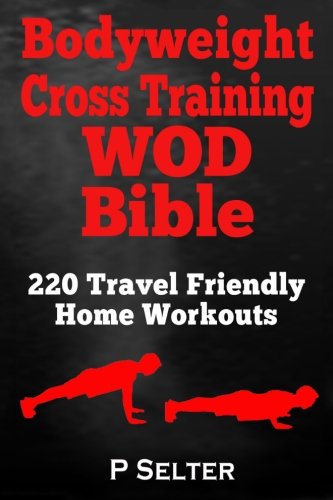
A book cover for Bodyweight Cross Training WOD Bible: 220 Travel Friendly Home Workouts; P Selter; Health, Fitness & Dieting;